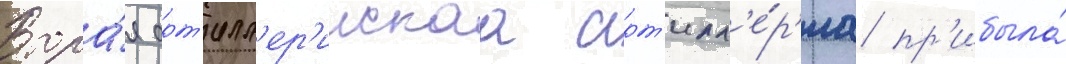
Втора́я арт'илл'ер'иискаа арт'илл'е́р'иа пр'ибыла́